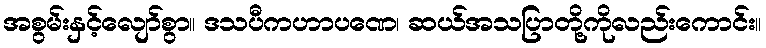
အစွမ်းနှင့်လျော်စွာ။ ဒသပီကဟာပဏေ၊ ဆယ်အသပြာတို့ကိုလည်းကောင်း။